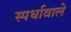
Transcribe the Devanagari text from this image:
स्पर्धावाले